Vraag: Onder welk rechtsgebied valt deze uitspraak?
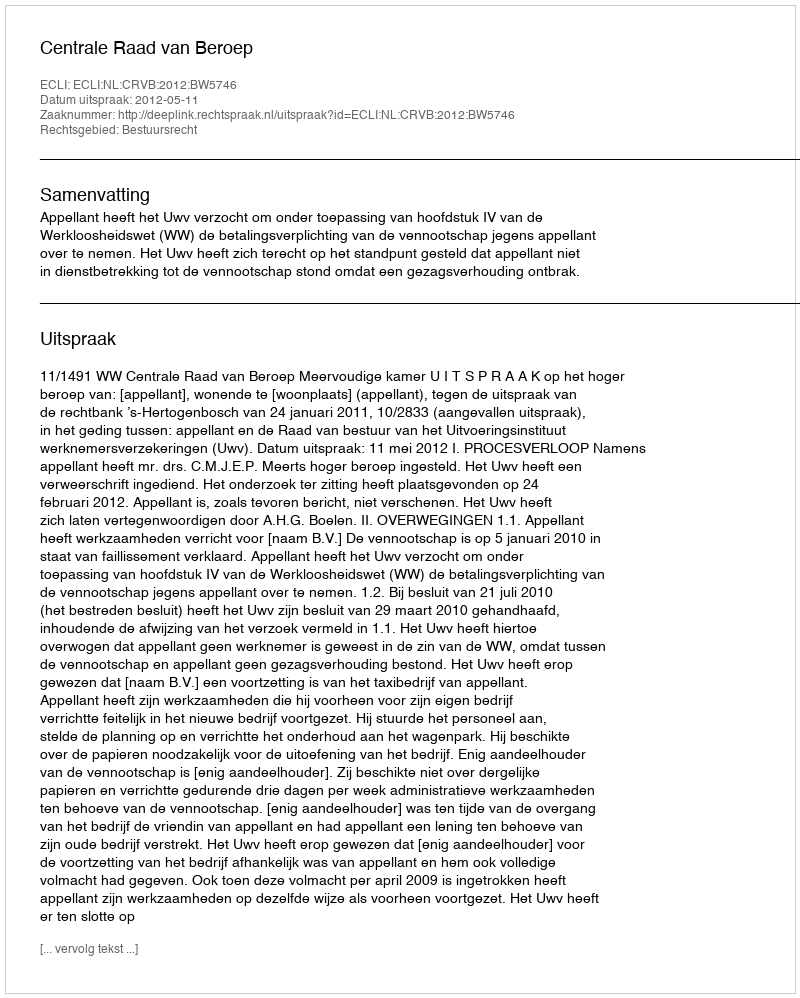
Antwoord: Bestuursrecht